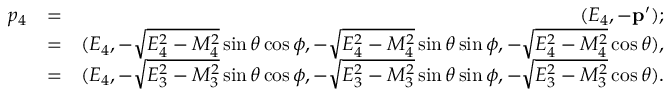
\begin{array} { r l r } { p _ { 4 } } & { = } & { ( E _ { 4 } , - \mathbf { p } ^ { \prime } ) ; } \\ & { = } & { ( E _ { 4 } , - \sqrt { E _ { 4 } ^ { 2 } - M _ { 4 } ^ { 2 } } \sin \theta \cos \phi , - \sqrt { E _ { 4 } ^ { 2 } - M _ { 4 } ^ { 2 } } \sin \theta \sin \phi , - \sqrt { E _ { 4 } ^ { 2 } - M _ { 4 } ^ { 2 } } \cos \theta ) , } \\ & { = } & { ( E _ { 4 } , - \sqrt { E _ { 3 } ^ { 2 } - M _ { 3 } ^ { 2 } } \sin \theta \cos \phi , - \sqrt { E _ { 3 } ^ { 2 } - M _ { 3 } ^ { 2 } } \sin \theta \sin \phi , - \sqrt { E _ { 3 } ^ { 2 } - M _ { 3 } ^ { 2 } } \cos \theta ) . } \end{array}